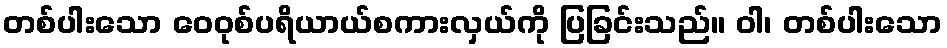
တစ်ပါးသော ဝေဝုစ်ပရိယာယ်စကားလှယ်ကို ပြခြင်းသည်။ ဝါ၊ တစ်ပါးသော